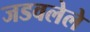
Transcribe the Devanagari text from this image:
जडवलेले